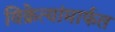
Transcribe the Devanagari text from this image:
विक्रेत्यांमार्फत